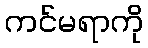
ကင်မရာကို